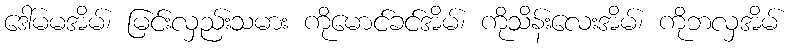
ဒေါ်မမအိမ်၊ မြင်းလှည်းသမား ကိုမောင်ခင်အိမ်၊ ကိုသိန်းလေးအိမ်၊ ကိုဘလှအိမ်